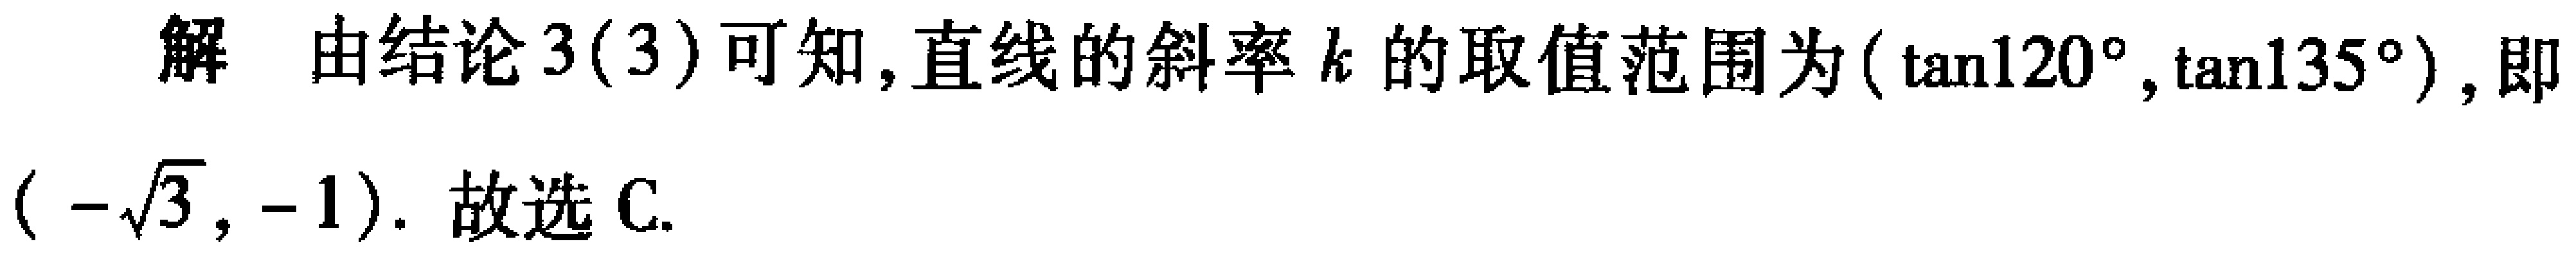
解 由结论3(3)可知,直线的斜率\(k\)的取值范围为\((\tan120^{\circ},\tan135^{\circ})\),即\((-\sqrt{3},-1)\). 故选C.